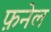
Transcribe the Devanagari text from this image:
फ़नेल